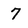
Character: 7